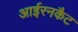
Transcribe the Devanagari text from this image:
आईरनकैट